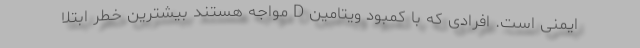
ایمنی است. افرادی که با کمبود ویتامین D مواجه هستند بیشترین خطر ابتلا